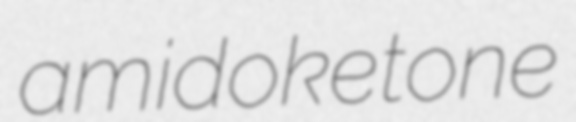
amidoketone